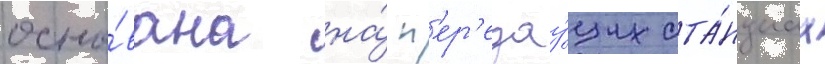
осно́вана на́ п'ер'едау́щих ста́нциах